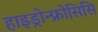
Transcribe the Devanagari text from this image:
हाइड्रोन्फ्रोसिसि